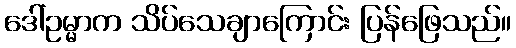
ဒေါ်ဥမ္မာက သိပ်သေချာကြောင်း ပြန်ဖြေသည်။